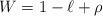
LaTeX: \begin{align*} W=1-\ell+\rho\end{align*}